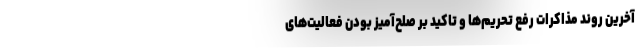
آخرین روند مذاکرات رفع تحریم‌ها و تاکید بر صلح‌آمیز بودن فعالیت‌های